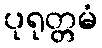
ပုရုတ္တမံ